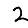
Digit: 2